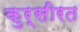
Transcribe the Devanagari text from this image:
कुर्सीरत